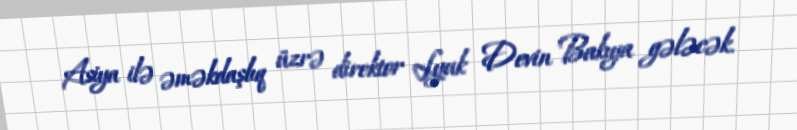
Asiya ilə əməkdaşlıq üzrə direktor Lyuk Devin Bakıya gələcək.